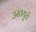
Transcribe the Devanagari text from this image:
उस्तयुर्त